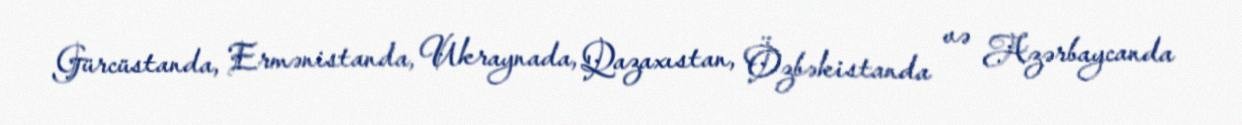
Gürcüstanda, Ermənistanda, Ukraynada, Qazaxıstan, Özbəkistanda və Azərbaycanda